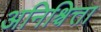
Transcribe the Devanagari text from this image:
अनिश्चित्ता